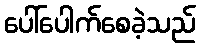
ပေါ်ပေါက်စေခဲ့သည်